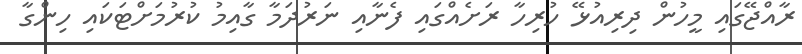
ރާއްޖޭގައި މީހުން ދިރިއުޅޭ ހުރިހާ ރަށެއްގައި ފެނާއި ނަރުދަމާ ގާއިމު ކުރުމަށްޓަކައި ހިންގާ